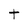
Character: t